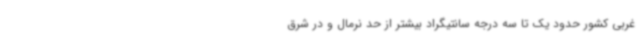
غربی کشور حدود یک تا سه درجه سانتیگراد بیشتر از حد نرمال و در شرق